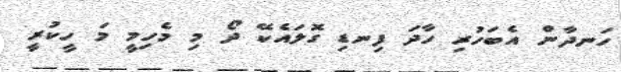
ހަނދާން އެބަހުރި ހާދަ ފިނޑި ގޮލައެކޭ ދޯ މި މެހިމީ މަ ހީކުރީ